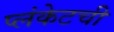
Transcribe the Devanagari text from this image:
प्लंकेटची